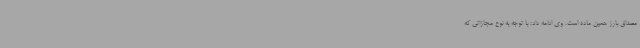
مصداق بارز همین ماده است. وی ادامه داد: با توجه به نوع مجازاتی که